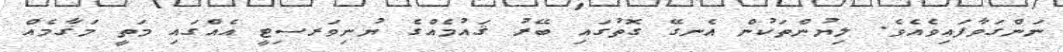
ނަންގަވާފައިވެއެވެ. ލިޔުންތަކުން އެނގޭ ގޮތުގައި ބޭރު ޤައުމެއްގެ ޔުނިވަރސިޓީ އެއްގައި މަތީ މަޤާމެއް